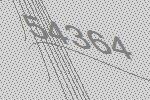
54364